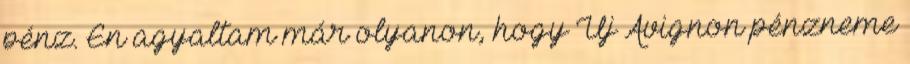
pénz. Én agyaltam már olyanon, hogy Új Avignon pénzneme